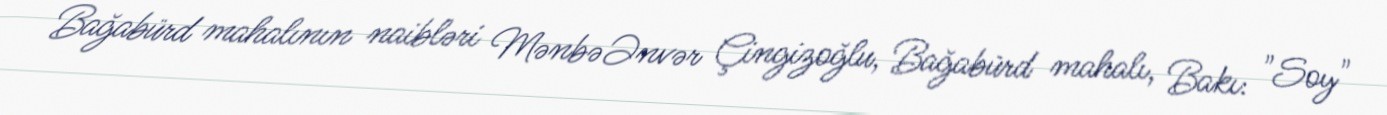
Bağabürd mahalının naibləri MənbəƏnvər Çingizoğlu, Bağabürd mahalı, Bakı: "Soy"